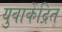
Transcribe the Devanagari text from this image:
युवाकेंद्रित